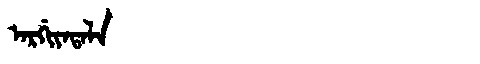
Manchu: ᠠᡵᡤᡳᠶᠠᡨᠠᠯᠠ
Romanization: ARGIYATALA